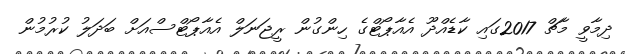
ދިމާވީ މާޗް 2017ގައި ކާޑެއްދޫ އެއާޕޯޓްގެ ހިންގުން ރީޖަނަލް އެއާޕޯޓްސްއަށް ބަދަލު ކުރުމުން